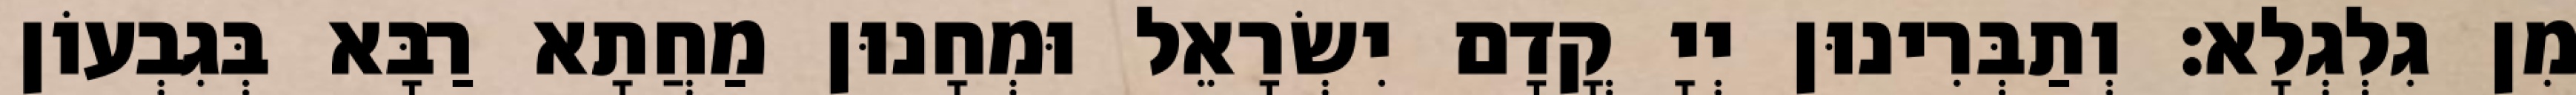
מִן גִלְגְלָא׃ וְתַבְּרִינוּן יְיָ קֳדָם יִשְׂרָאֵל וּמְחָנוּן מַחֲתָא רַבָּא בְּגִבְעוֹן